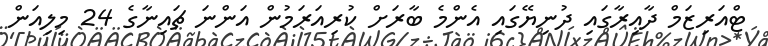
ޓްއަރިޒަމް ދާއިރާގައި ދުނިޔޭގައި އެންމެ ބާރަށް ކުރިއަރަމުން އަންނަ ޗައިނާގެ 24 މިލިއަން